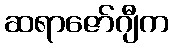
ဆရာဇော်ဂျီက